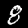
Label: 8